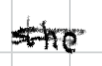
Text: the
Cross-out: double-line
Writing tool: digital_black